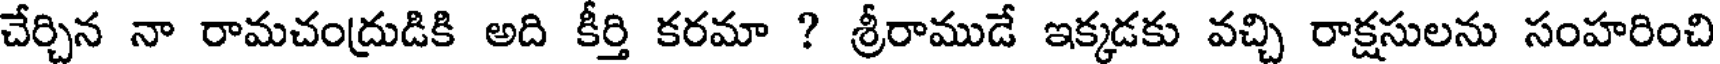
చేర్చిన నా రామచంద్రుడికి అది కీర్తి కరమా ? శ్రీరాముడే ఇక్కడకు వచ్చి రాక్షసులను సంహరించి